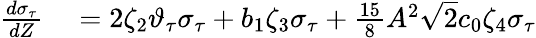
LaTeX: \begin{array}{rl}{\frac{d\sigma_{\tau}}{dZ}}&{{}=2\zeta_{2}\vartheta_{\tau}\sigma_{\tau}+b_{1}\zeta_{3}\sigma_{\tau}+\frac{15}{8}A^{2}\sqrt{2}c_{0}\zeta_{4}\sigma_{\tau}}\end{array}